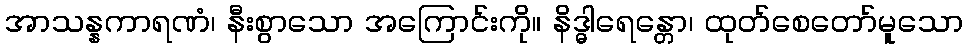
အာသန္နကာရဏံ၊ နီးစွာသော အကြောင်းကို။ နိဒ္ဓါရေန္တော၊ ထုတ်စေတော်မူသော